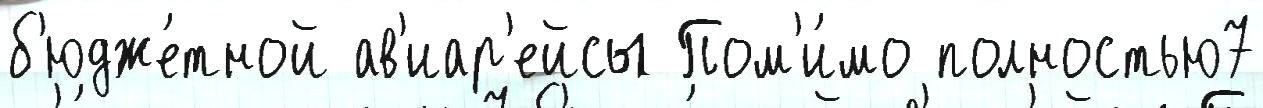
б'юдже́тной ав'иар'ейсы Пом'и́мо полностью7